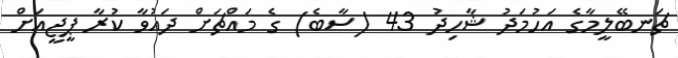
ޗަނބޭލީމާގެ އަހުމަދު ޝާހިދު 43 (ސާބެ) ގެ މައްޗަށް ދައުވާ ކުރާ ޕީޖީއަށް